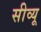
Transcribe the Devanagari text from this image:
सीव्‍यू